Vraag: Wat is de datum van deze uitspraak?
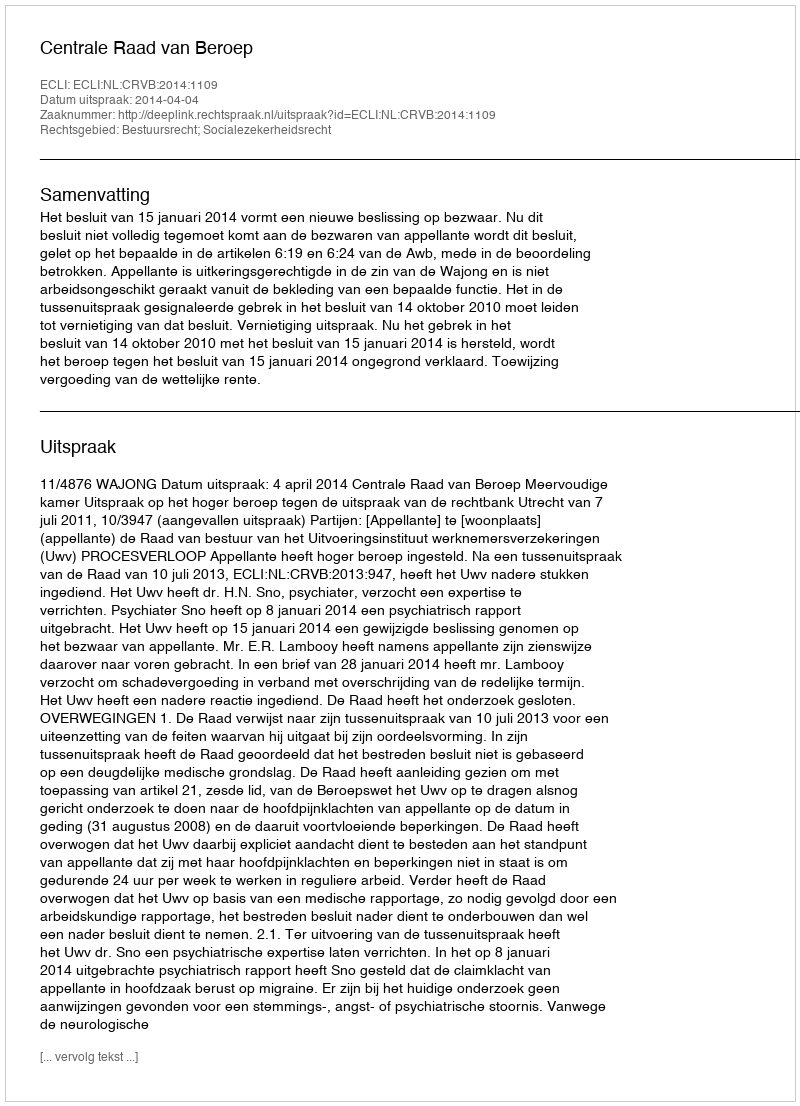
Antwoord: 2014-04-04